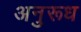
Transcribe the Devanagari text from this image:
अनुरूध